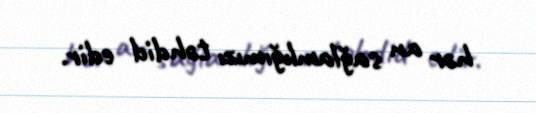
hər an sağlamlığımızı təhdid edir.